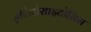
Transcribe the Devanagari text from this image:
ड्रीपेनोसाइटोसिस